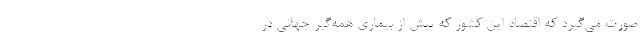
صورت می‌گیرد که اقتصاد این کشور که پیش از بیماری همه‌گیر جهانی در